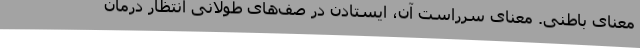
معنای باطنی. معنای سرراست آن، ایستادن در صف‌های طولانی انتظارِ درمان